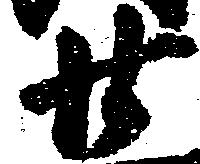
廿